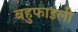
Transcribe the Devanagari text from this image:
बहुफाइली